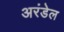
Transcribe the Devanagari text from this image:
अरंडेल